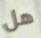
هل